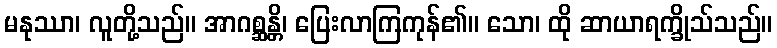
မနုဿာ၊ လူတို့သည်။ အာဂစ္ဆန္တိ၊ ပြေးလာကြကုန်၏။ သော၊ ထို ဆာယာရက္ခိုသ်သည်။